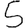
Digit: 5